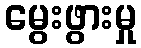
မွေးဖွားမှု